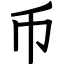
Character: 币